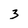
Character: 3